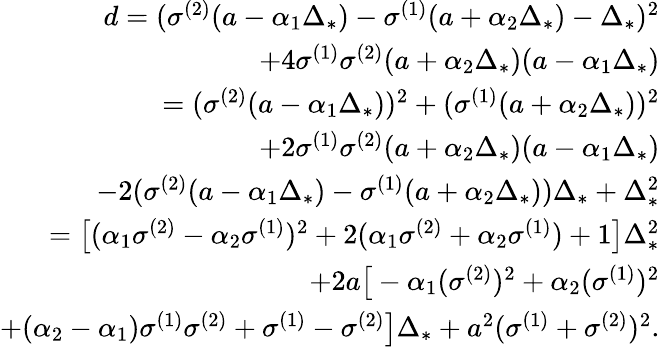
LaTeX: \begin{array}{r}{d=(\sigma^{(2)}(a-\alpha_{1}\Delta_{*})-\sigma^{(1)}(a+\alpha_{2}\Delta_{*})-\Delta_{*})^{2}}\\ {+4\sigma^{(1)}\sigma^{(2)}(a+\alpha_{2}\Delta_{*})(a-\alpha_{1}\Delta_{*})}\\ {=(\sigma^{(2)}(a-\alpha_{1}\Delta_{*}))^{2}+(\sigma^{(1)}(a+\alpha_{2}\Delta_{*}))^{2}}\\ {+2\sigma^{(1)}\sigma^{(2)}(a+\alpha_{2}\Delta_{*})(a-\alpha_{1}\Delta_{*})}\\ {-2(\sigma^{(2)}(a-\alpha_{1}\Delta_{*})-\sigma^{(1)}(a+\alpha_{2}\Delta_{*}))\Delta_{*}+\Delta_{*}^{2}}\\ {=\big[(\alpha_{1}\sigma^{(2)}-\alpha_{2}\sigma^{(1)})^{2}+2(\alpha_{1}\sigma^{(2)}+\alpha_{2}\sigma^{(1)})+1\big]\Delta_{*}^{2}}\\ {+2a\big[-\alpha_{1}(\sigma^{(2)})^{2}+\alpha_{2}(\sigma^{(1)})^{2}}\\ {+(\alpha_{2}-\alpha_{1})\sigma^{(1)}\sigma^{(2)}+\sigma^{(1)}-\sigma^{(2)}\big]\Delta_{*}+a^{2}(\sigma^{(1)}+\sigma^{(2)})^{2}.}\end{array}